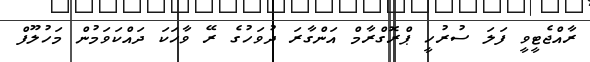
ރާއްޖެޓީވީ ފަލަ ސުރުހީ ޕްރޮގްރާމް އަންގާރަ ދުވަހުގެ ރޭ ވާހަކަ ދައްކަވަމުން މަހުލޫފް